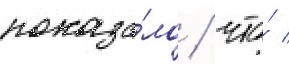
показа́ло / что́ /